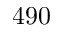
4 9 0